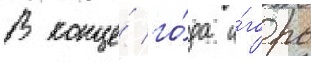
В конце́ го́да и́горь